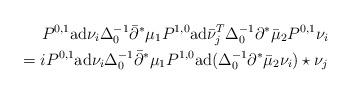
LaTeX: \begin{align*} P^{0,1}{\rm ad}\nu_i\Delta_0^{-1}\bar\partial^*\mu_1P^{1,0}{\rm ad}\bar\nu_j^T\Delta_0^{-1}\partial^*\bar\mu_2P^{0,1} \nu_i\\ =i P^{0,1}{\rm ad}\nu_i\Delta_0^{-1}\bar\partial^*\mu_1P^{1,0}{\rm ad}(\Delta_0^{-1}\partial^*\bar\mu_2 \nu_i)\star\nu_j\end{align*}